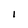
Character: I